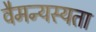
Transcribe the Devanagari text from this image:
वैमन्यस्यता